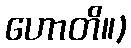
ဟောတိ။)